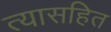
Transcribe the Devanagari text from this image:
त्यासहित